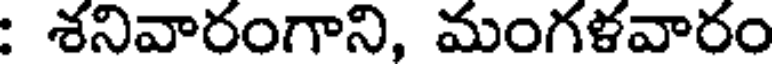
: శనివారంగాని, మంగళవారం